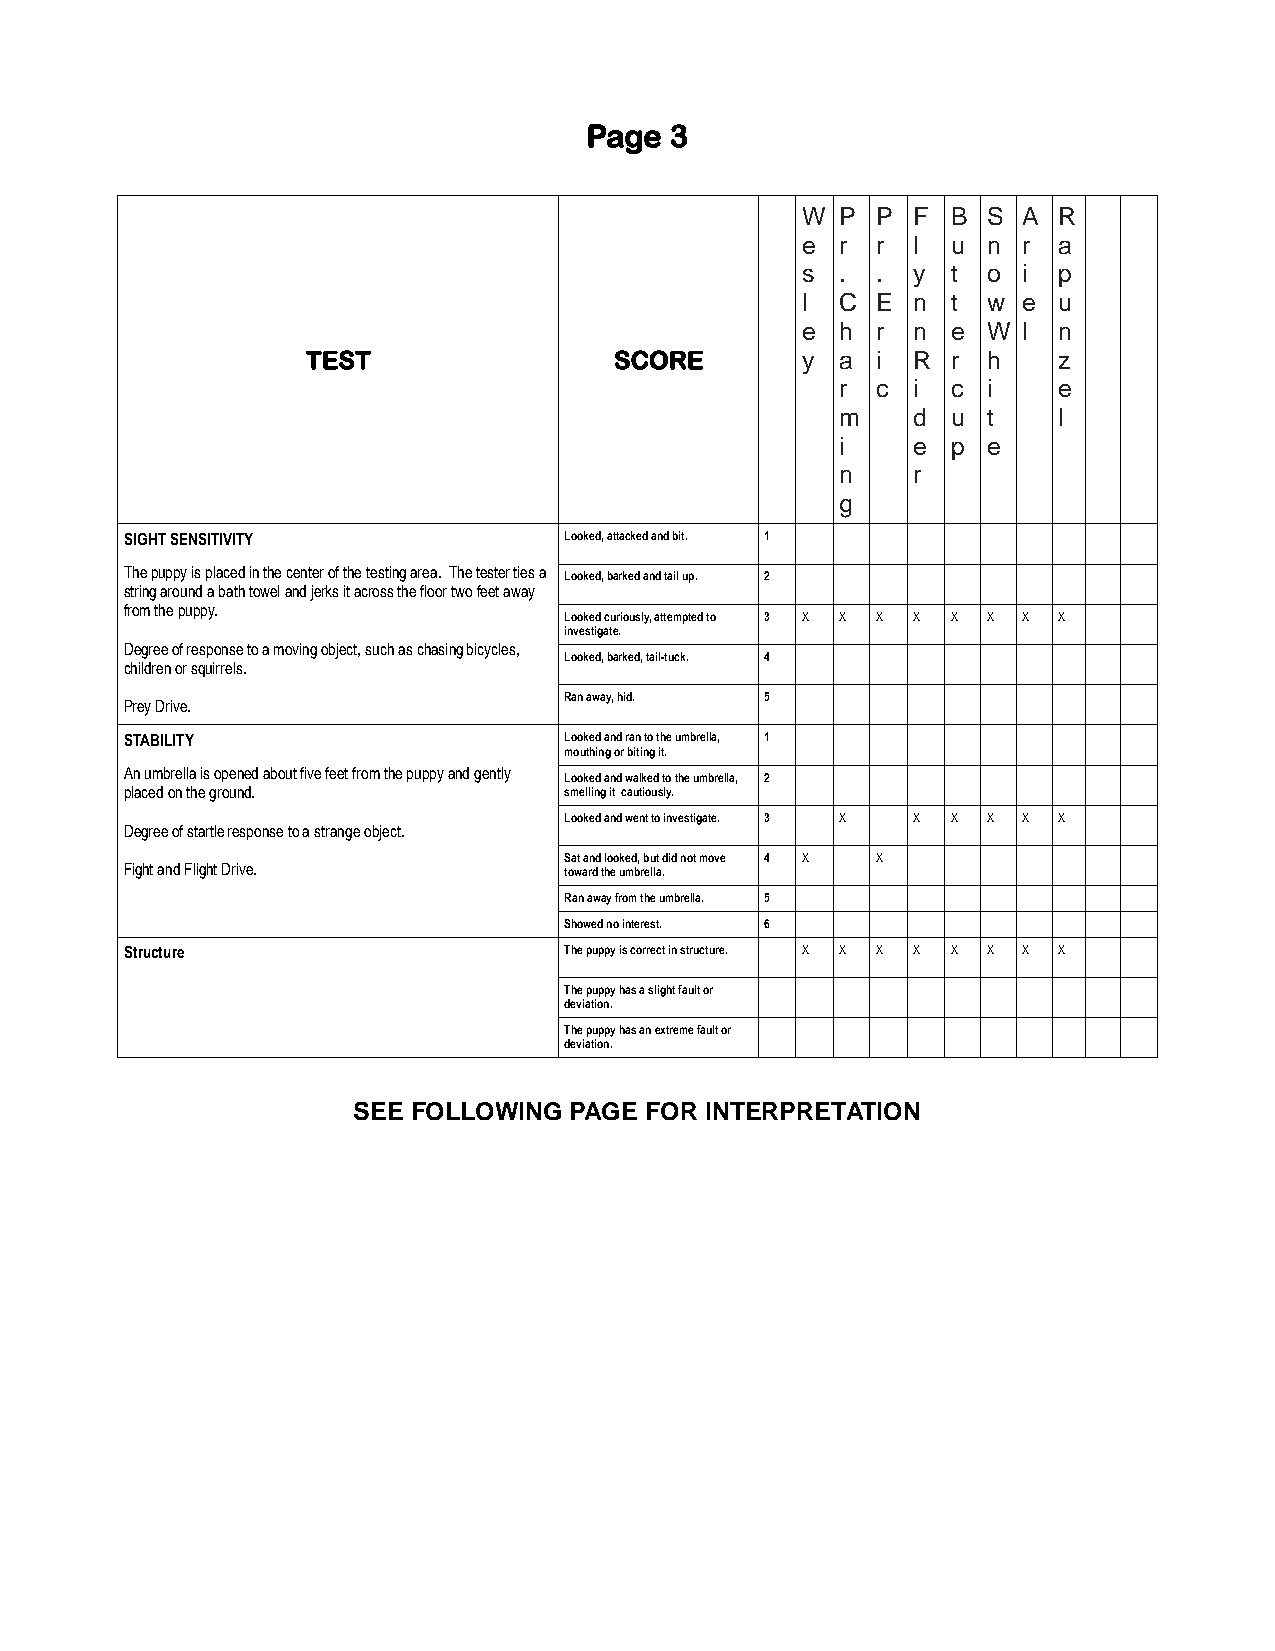
Page 3
 W  P P F  B S  A R
 e  r r l  u n  r a
 s  . . y  t o  i p
 l  C E n  t w  e u
 e  h r n  e W  l n
 TEST                 SCORE       y  a i R  r h    z
 r c i  c i    e
 m   d  u t    l
 i   e  p e
 n   r
 g
 SIGHT SENSITIVITY            Looked, attacked and bit. 1
 The puppy is placed in the center of the testing area. The tester ties a Looked, barked and tail up. 2
 string around a bath towel and jerks it across the floor two feet away
 from the puppy.
 Looked curiously, attempted to 3 X X X X X X X X
 investigate.
 Degree of response to a moving object, such as chasing bicycles,
 Looked, barked, tail-tuck. 4
 children or squirrels.
 Ran away, hid. 5
 Prey Drive.
 STABILITY                    Looked and ran to the umbrella, 1
 mouthing or biting it.
 An umbrella is opened about five feet from the puppy and gently Looked and walked to the umbrella, 2
 placed on the ground.        smelling it cautiously.
 Looked and went to investigate. 3 X X X X X X
 Degree of startle response to a strange object.
 Sat and looked, but did not move 4 X X
 Fight and Flight Drive.      toward the umbrella.
 Ran away from the umbrella. 5
 Showed no interest. 6
 Structure                    The puppy is correct in structure. X X X X X X X X
 The puppy has a slight fault or
 deviation.
 The puppy has an extreme fault or
 deviation.
 SEE FOLLOWING  PAGE FOR INTERPRETATION